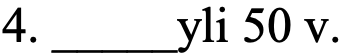
4. _____yli 50 v.